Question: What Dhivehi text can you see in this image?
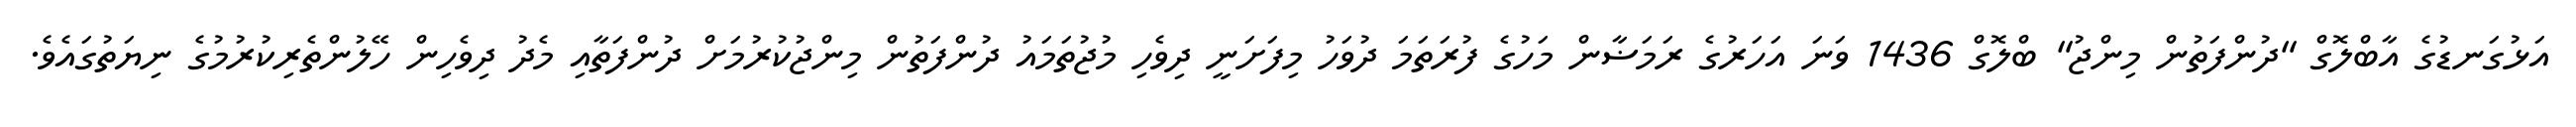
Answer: އަޅުގަނޑުގެ އާބްލޮގް "ދުންފަތުން މިންޖު" ބްލޮގް 1436 ވަނަ އަހަރުގެ ރަމަޟާން މަހުގެ ފުރަތަމަ ދުވަހު މިފަށަނީ ދިވެހި މުޖުތަމައު ދުންފަތުން މިންޖުކުރުމަށް ދުންފަތާއި މެދު ދިވެހިން ހޭލުންތެރިކުރުމުގެ ނިޔަތުގައެވެ.